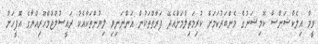
ވީމާ އިލެކްޝަންސް ކޮމިޝަނުގެ މެންބަރުކަމަށް ކުރިމަތިލުމަށްއެދޭ ފަރާތްތަކުން އަންނަނިވި ލިޔުންތަކާއެކު ރައީސުލްޖުމްހޫރިއްޔާގެ އޮފީހަށް